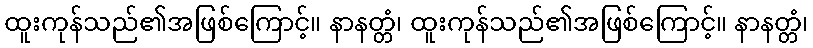
ထူးကုန်သည်၏အဖြစ်ကြောင့်။ နာနတ္တံ၊ ထူးကုန်သည်၏အဖြစ်ကြောင့်။ နာနတ္တံ၊